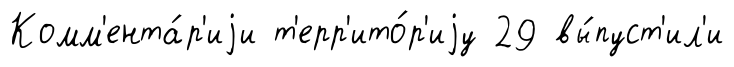
Комм'ента́р'иjи т'ерр'ито́р'иjу 29 вы́пуст'ил'и